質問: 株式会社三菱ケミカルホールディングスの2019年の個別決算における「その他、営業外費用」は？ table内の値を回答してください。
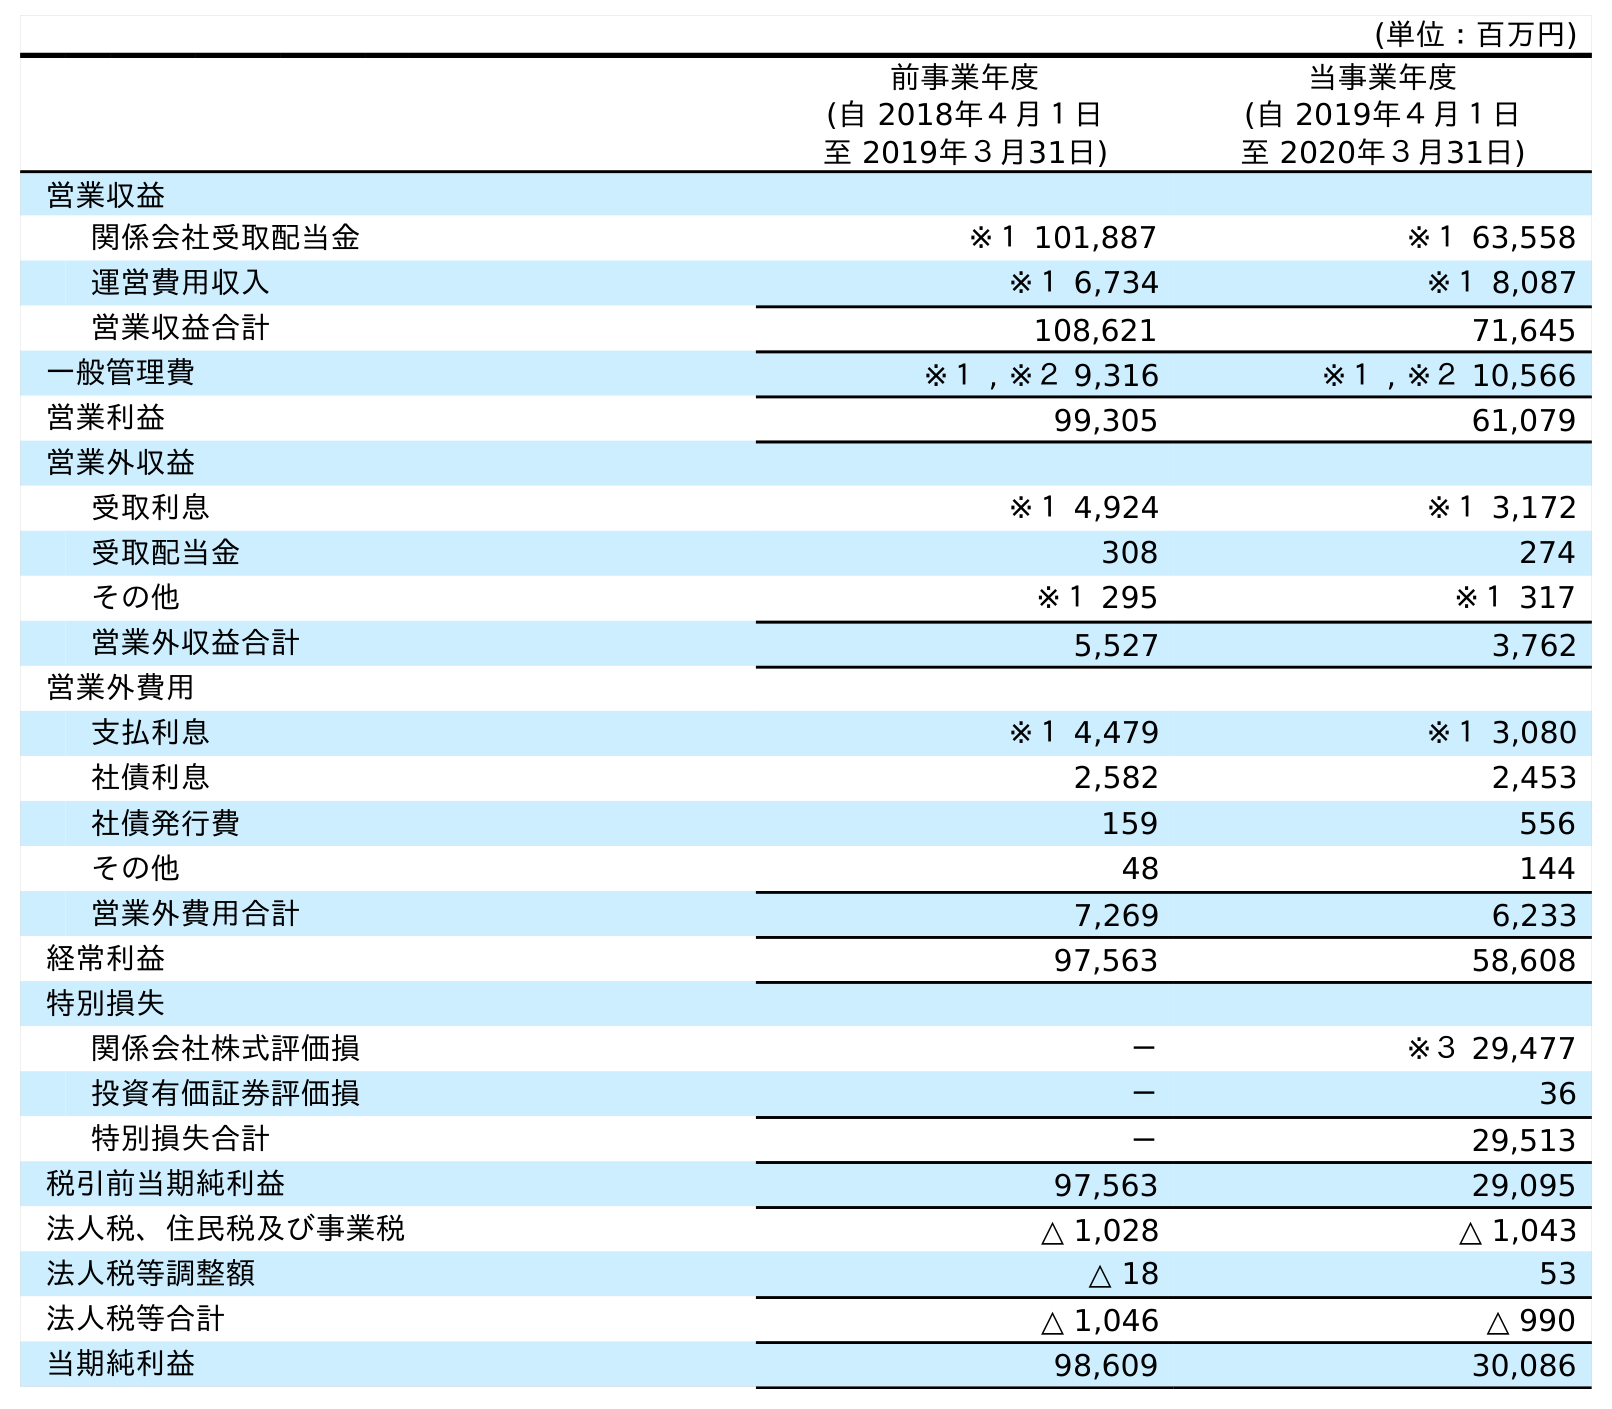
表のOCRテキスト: (単位：百万円) 前事業年度 (自 2018年４月１日 至 2019年３月31日) 当事業年度 (自 2019年４月１日 至 2020年３月31日) 営業収益 関係会社受取配当金 ※１ 101,887 ※１ 63,558 運営費用収入 ※１ 6,734 ※１ 8,087 営業収益合計 108,621 71,645 一般管理費 ※１ , ※２ 9,316 ※１ , ※２ 10,566 営業利益 99,305 61,079 営業外収益 受取利息 ※１ 4,924 ※１ 3,172 受取配当金 308 274 その他 ※１ 295 ※１ 317 営業外収益合計 5,527 3,762 営業外費用 支払利息 ※１ 4,479 ※１ 3,080 社債利息 2,582 2,453 社債発行費 159 556 その他 48 144 営業外費用合計 7,269 6,233 経常利益 97,563 58,608 特別損失 関係会社株式評価損 － ※３ 29,477 投資有価証券評価損 － 36 特別損失合計 － 29,513 税引前当期純利益 97,563 29,095 法人税、住民税及び事業税 △ 1,028 △ 1,043 法人税等調整額 △ 18 53 法人税等合計 △ 1,046 △ 990 当期純利益 98,609 30,086
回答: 48